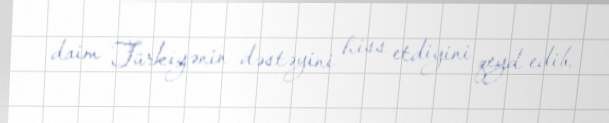
daim Türkiyənin dəstəyini hiss etdiyini qeyd edib.